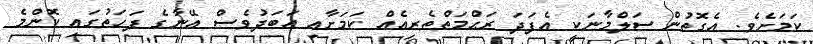
ކަމަށެވެ. އެގޮތުން ސަލްމާނަކީ އެފަދަ ރަޙްމަތްތެރިއެއް ކަމަށާއި އަބަދުވެސް އޭނާގެ ފަހަތުގައި ކޮންމެ